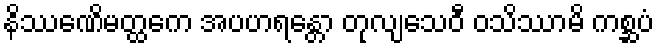
နိဿေဏိမတ္ထကေ အပဟရန္တော တုလျသေဝီ ဝသိဿာမိ ကစ္ဆပံ